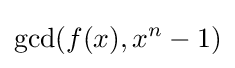
\gcd(f(x),x^{n}-1)